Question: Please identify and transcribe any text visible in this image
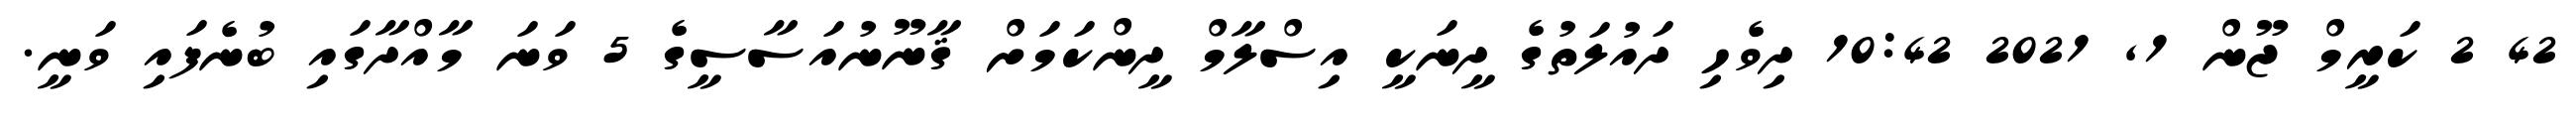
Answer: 42 2 ކަރީމް ޖޫން 1, 2021 10:42 ދިވެހި ދައުލަތުގެ ދީނަކީ އިސްލާމް ދީންކަމަށް ޤާނޫނުއަސާސީގެ 5 ވަނަ މާއްދާގައި ބުނެފައި ވަނީ.